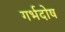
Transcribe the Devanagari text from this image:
गर्भदोष